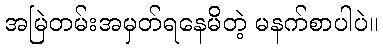
အမြဲတမ်းအမှတ်ရနေမိတဲ့ မနက်စာပါပဲ။